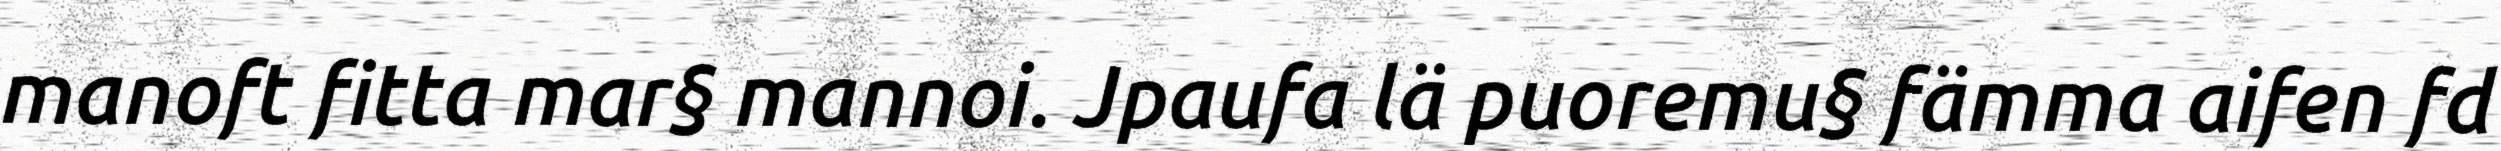
manoft fitta mar§ mannoi. Jpaufa lä puoremu§ fämma aifen fd